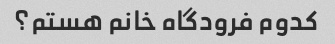
کدوم فرودگاه خانم هستم؟